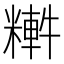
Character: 𥼏